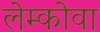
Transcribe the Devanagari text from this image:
लेम्कोवा